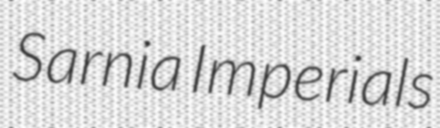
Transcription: Sarnia Imperials